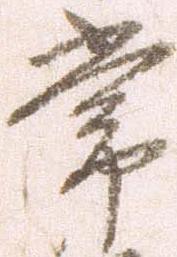
常